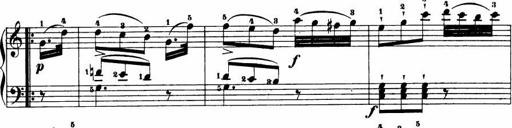
Title: Le bouquetier
Composer: Anton Diabelli
Key: G major
 C major
 F major
 C major